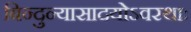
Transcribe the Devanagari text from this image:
बिन्दुन्यासादयोऽवस्थाः